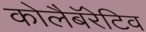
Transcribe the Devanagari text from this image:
कोलैबॅरेटिव